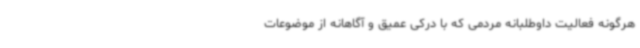
هرگونه فعالیت‌ داوطلبانه مردمی که با درکی عمیق و آگاهانه از موضوعات